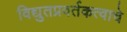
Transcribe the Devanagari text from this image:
विद्युतप्रवर्तकत्वाचे